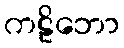
ကဠိဘော